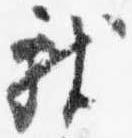
献